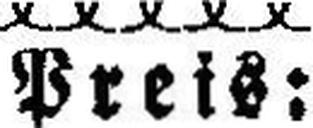
Preis: